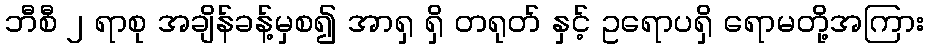
ဘီစီ ၂ ရာစု အချိန်ခန့်မှစ၍ အာရှ ရှိ တရုတ် နှင့် ဥရောပရှိ ရောမတို့အကြား